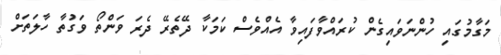
މަގާމުގައި ހުންނަވައިގެން ކުރައްވާފައިވާ އެއްވެސް ކަމަކާ ދޭތެރޭ ދެރަ ވަންތޯ ވަގުތާ ހާލަތަށް